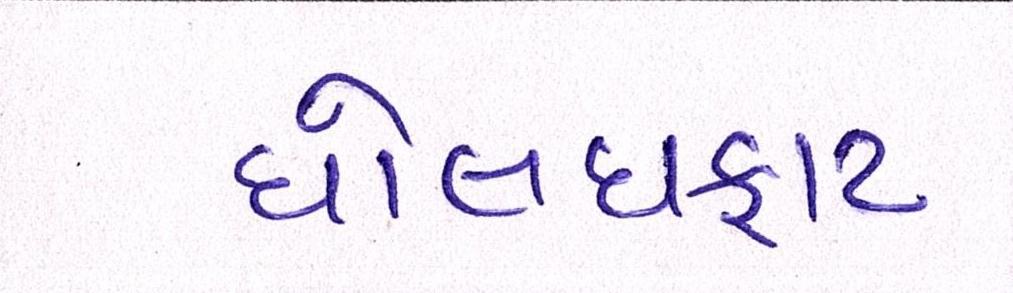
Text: ધોલધફાટ